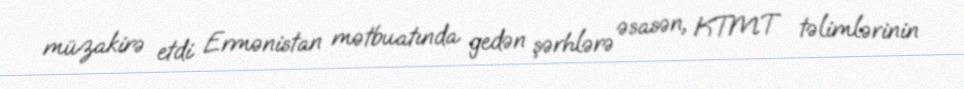
müzakirə etdi Ermənistan mətbuatında gedən şərhlərə əsasən, KTMT təlimlərinin